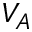
V _ { A }